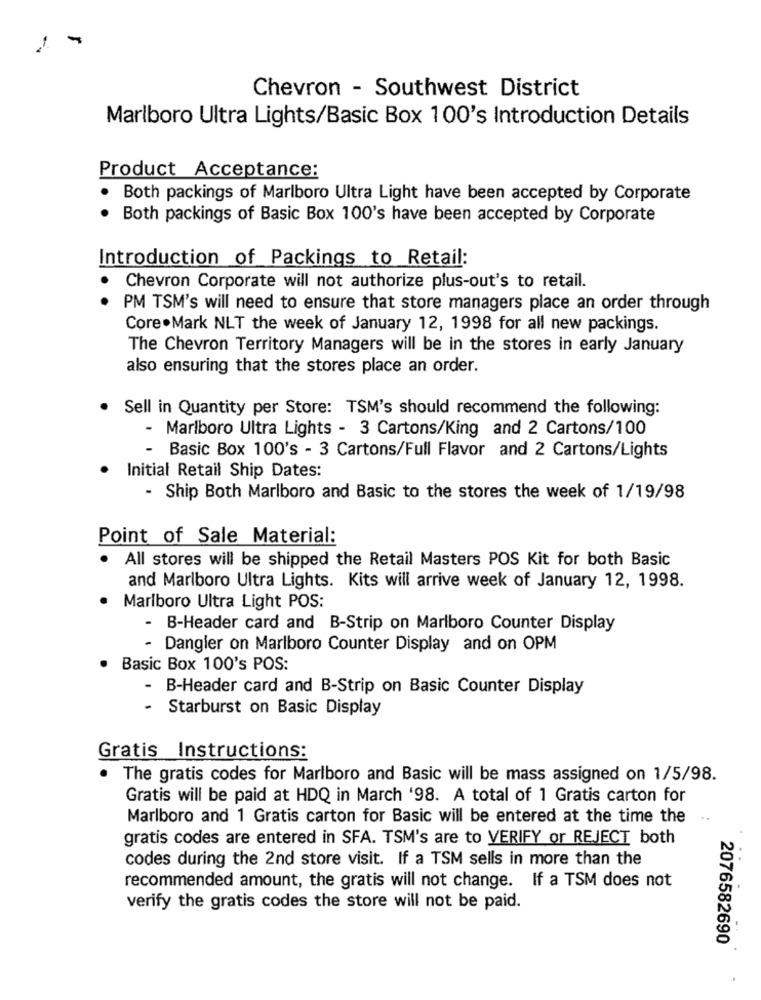
Chevron - Southwest District
Marlboro Ultra Lights/Basic Box 100's Introduction Details
Product Acceptance:
.
Both packings of Marlboro Ultra Light have been accepted by Corporate
Both packings of Basic Box 100's have been accepted by Corporate
Introduction of Packings to Retail:
Chevron Corporate will not authorize plus-out's to retail.
PM TSM's will need to ensure that store managers place an order through
Core.Mark NLT the week of January 12, 1998 for all new packings.
The Chevron Territory Managers will be in the stores in early January
also ensuring that the stores place an order.
Sell in Quantity per Store: TSM's should recommend the following:
- Marlboro Ultra Lights - 3 Cartons/King and 2 Cartons/100
-
Basic Box 100's - 3 Cartons/Full Flavor and 2 Cartons/Lights
Initial Retail Ship Dates:
- Ship Both Marlboro and Basic to the stores the week of 1/19/98
Point of Sale Material:
All stores will be shipped the Retail Masters POS Kit for both Basic
and Marlboro Ultra Lights. Kits will arrive week of January 12, 1998.
· Marlboro Ultra Light POS:
- B-Header card and B-Strip on Marlboro Counter Display
- Dangier on Marlboro Counter Display and on OPM
· Basic Box 100's POS:
- B-Header card and B-Strip on Basic Counter Display
-
Starburst on Basic Display
Gratis Instructions:
The gratis codes for Marlboro and Basic will be mass assigned on 1/5/98.
Gratis will be paid at HDQ in March '98. A total of 1 Gratis carton for
Marlboro and 1 Gratis carton for Basic will be entered at the time the
gratis codes are entered in SFA. TSM's are to VERIFY or REJECT both
codes during the 2nd store visit. If a TSM sells in more than the
recommended amount, the gratis will not change. If a TSM does not
verify the gratis codes the store will not be paid.
2076582690